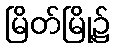
မြိတ်မြို့၌